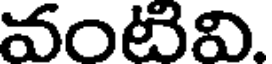
వంటివి.